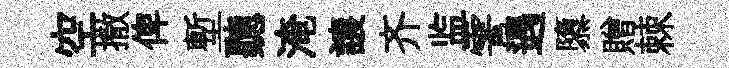
空撒俾塹聽淹譲齐监霅遇隳贈棘